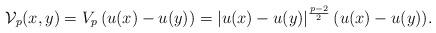
LaTeX: \begin{align*}\mathcal{V}_p(x,y)=V_p\left(u(x)-u(y)\right)=|u(x)-u(y)|^\frac{p-2}{2}\,(u(x)-u(y)).\end{align*}